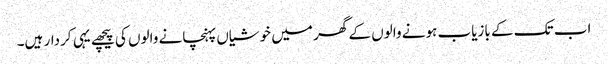
اب تک کے بازیاب ہونے والوں کے گھر میں خوشیاں پہنچانے والوں کی پیچھے یہی کردار ہیں۔